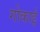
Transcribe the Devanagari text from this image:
गोकाई